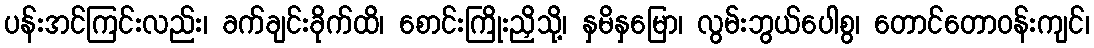
ပန်းအင်ကြင်းလည်း၊ ခက်ချင်းခိုက်ထိ၊ စောင်းကြိုးညှိသို့၊ နှမိနှမြော၊ လွမ်းဘွယ်ပေါစွ၊ တောင်တောဝန်းကျင်၊